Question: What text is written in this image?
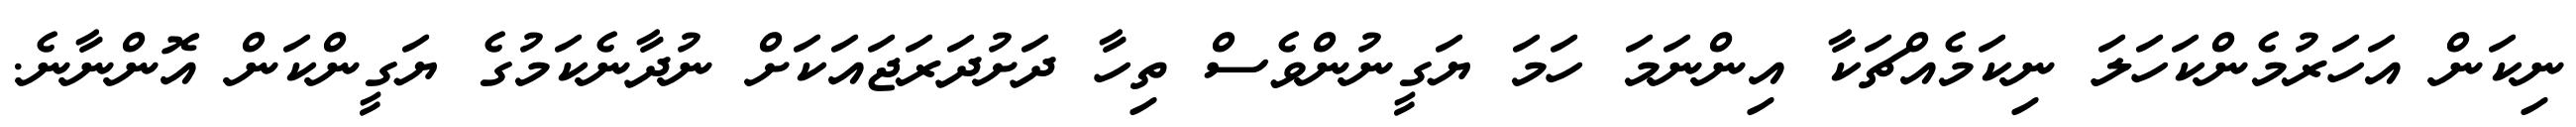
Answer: ނިކަން އަހަރުމެންކަހަލަ ނިކަމެއްޗަކާ އިންނަމަ ހަމަ ޔަގީނުންވެސް ތިހާ ދަށުދަރަޖައަކަށް ނުދާނެކަމުގެ ޔަގީންކަން އޮންނާނެ.